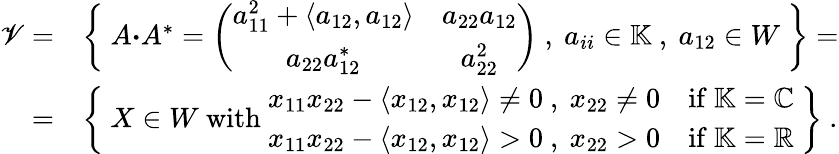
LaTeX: \begin{array}{rl}{\mathscr{V}=}&{\left\{ \ A{\boldsymbol{\cdot}}A^{*}=\left(\begin{array}{cc}{a_{11}^{2}+\langle a_{12},a_{12}\rangle}&{a_{22}a_{12}}\\ {a_{22}a_{12}^{*}}&{a_{22}^{2}}\end{array}\right)\ ,\ a_{ii}\in\mathbb{K}\ ,\ a_{12}\in W\ \right\} =}\\ {=}&{\left\{ \ X\in W\ \mathrm{with}\ \begin{array}{ll}{x_{11}x_{22}-\langle x_{12},x_{12}\rangle\neq 0\ ,\ x_{22}\neq 0}&{\mathrm{if}\ \mathbb{K}=\mathbb{C}}\\ {x_{11}x_{22}-\langle x_{12},x_{12}\rangle>0\ ,\ x_{22}>0}&{\mathrm{if}\ \mathbb{K}=\mathbb{R}}\end{array}\ \right\} \ .}\end{array}